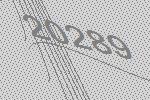
20289